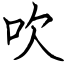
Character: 吹